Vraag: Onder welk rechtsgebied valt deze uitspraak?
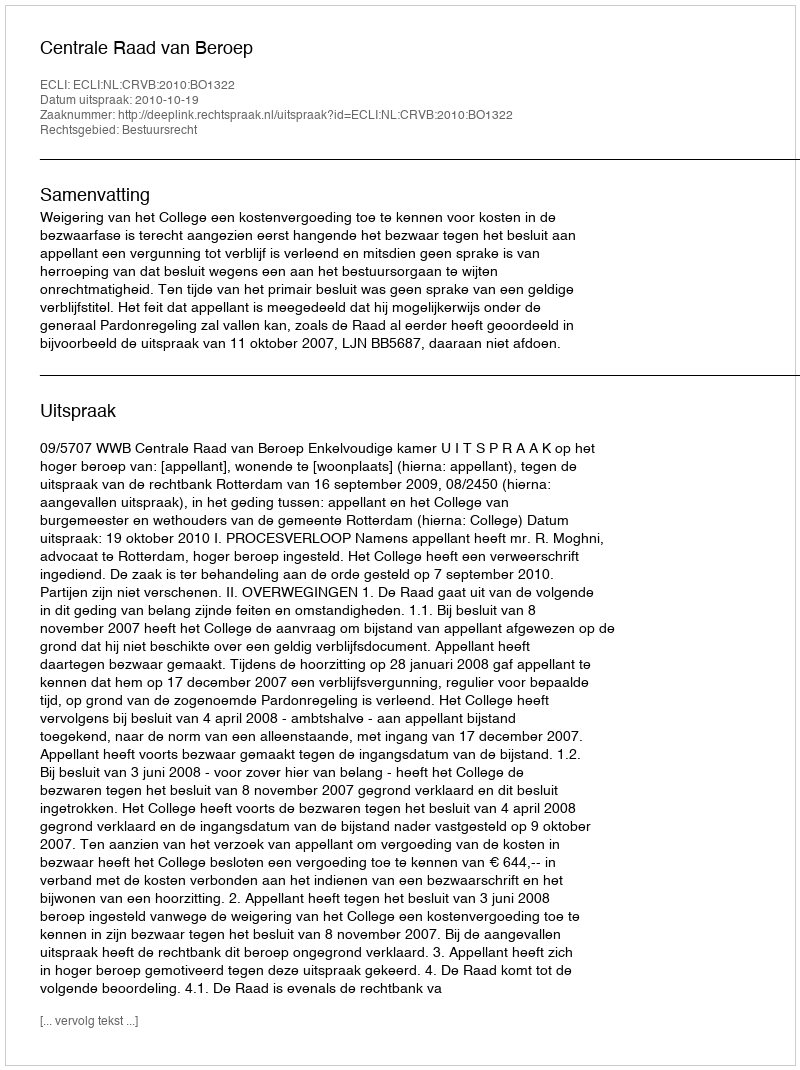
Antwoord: Bestuursrecht